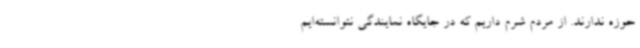
حوزه ندارند. از مردم شرم داریم که در جایگاه نمایندگی نتوانسته‌ایم